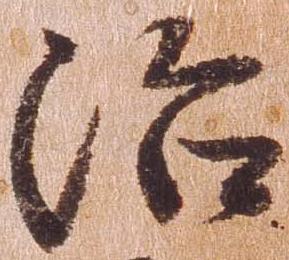
治